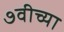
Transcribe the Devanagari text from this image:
७वीच्या